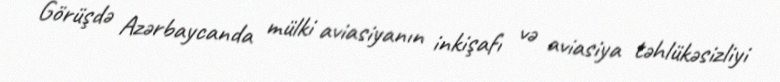
Görüşdə Azərbaycanda mülki aviasiyanın inkişafı və aviasiya təhlükəsizliyi